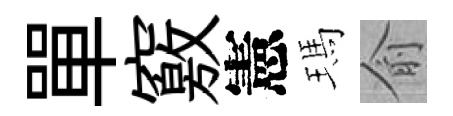
單竅憲瑪俞